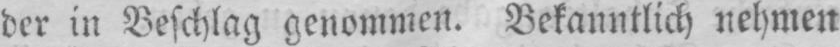
der in Beschlag genommen. Bekanntlich nehmen